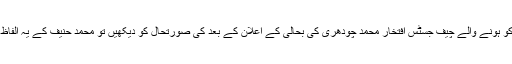
سولہ مارچ دو ہزار نو کو ہونے والے چیف جسٹس افتخار محمد چودھری کی بحالی کے اعلان کے بعد کی صورتحال کو دیکھیں تو محمد حنیف کے یہ الفاظ الہامی معلوم ہوتے ہیں۔